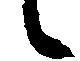
候